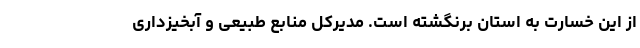
از این خسارت به استان برنگشته است. مدیرکل منابع طبیعی و آبخیزداری